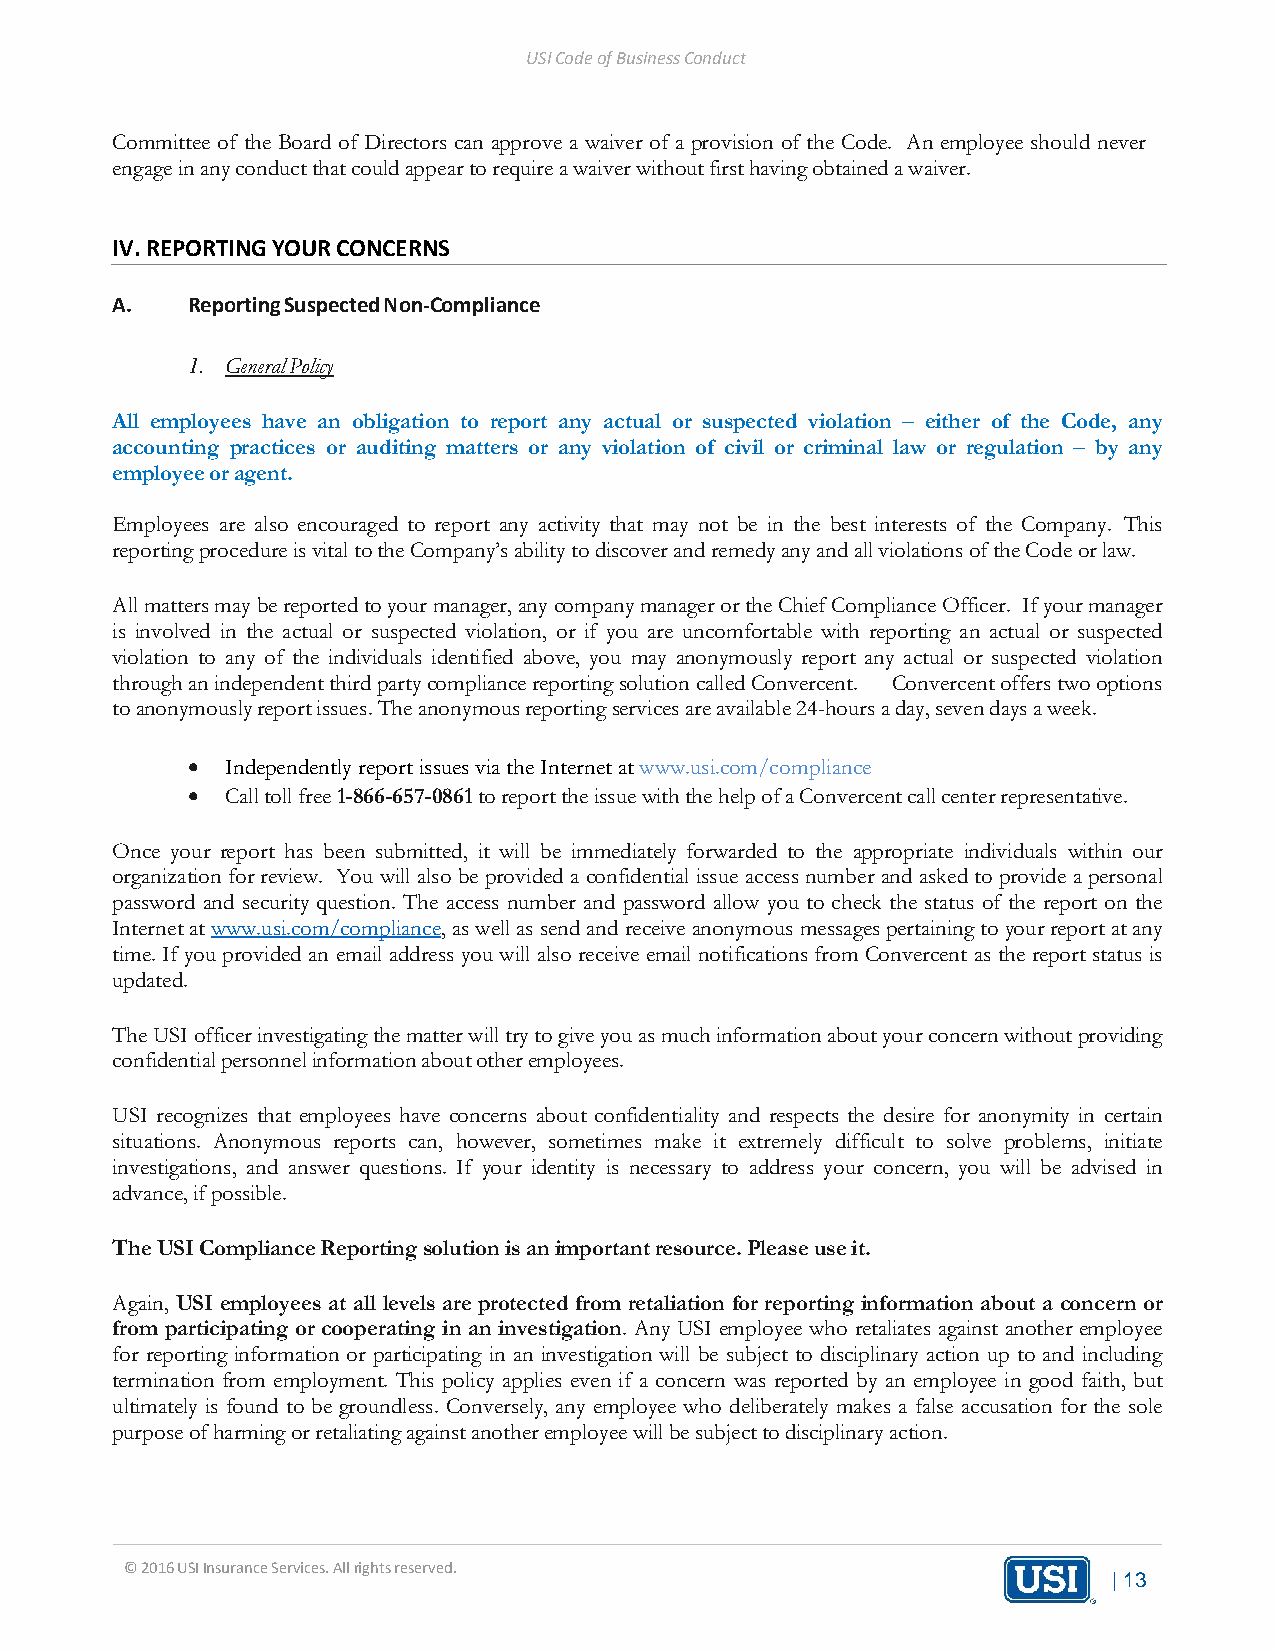
USI Code of Business Conduct
 Committee of the Board of Directors can approve a waiver of a provision of the Code. An employee should never
 engage in any conduct that could appear to require a waiver without first having obtained a waiver.
 IV. REPORTING YOUR CONCERNS
 A.   Reporting Suspected Non-Compliance
 1. General Policy
 All employees have an obligation to report any actual or suspected violation – either of the Code, any
 accounting practices or auditing matters or any violation of civil or criminal law or regulation – by any
 employee or agent.
 Employees are also encouraged to report any activity that may not be in the best interests of the Company. This
 reporting procedure is vital to the Company’s ability to discover and remedy any and all violations of the Code or law.
 All matters may be reported to your manager, any company manager or the Chief Compliance Officer. If your manager
 is involved in the actual or suspected violation, or if you are uncomfortable with reporting an actual or suspected
 violation to any of the individuals identified above, you may anonymously report any actual or suspected violation
 through an independent third party compliance reporting solution called Convercent. Convercent offers two options
 to anonymously report issues. The anonymous reporting services are available 24-hours a day, seven days a week.
 •  Independently report issues via the Internet at www.usi.com/compliance
 •  Call toll free 1-866-657-0861 to report the issue with the help of a Convercent call center representative.
 Once your report has been submitted, it will be immediately forwarded to the appropriate individuals within our
 organization for review. You will also be provided a confidential issue access number and asked to provide a personal
 password and security question. The access number and password allow you to check the status of the report on the
 Internet at www.usi.com/compliance, as well as send and receive anonymous messages pertaining to your report at any
 time. If you provided an email address you will also receive email notifications from Convercent as the report status is
 updated.
 The USI officer investigating the matter will try to give you as much information about your concern without providing
 confidential personnel information about other employees.
 USI recognizes that employees have concerns about confidentiality and respects the desire for anonymity in certain
 situations. Anonymous reports can, however, sometimes make it extremely difficult to solve problems, initiate
 investigations, and answer questions. If your identity is necessary to address your concern, you will be advised in
 advance, if possible.
 The USI Compliance Reporting solution is an important resource. Please use it.
 Again, USI employees at all levels are protected from retaliation for reporting information about a concern or
 from participating or cooperating in an investigation. Any USI employee who retaliates against another employee
 for reporting information or participating in an investigation will be subject to disciplinary action up to and including
 termination from employment. This policy applies even if a concern was reported by an employee in good faith, but
 ultimately is found to be groundless. Conversely, any employee who deliberately makes a false accusation for the sole
 purpose of harming or retaliating against another employee will be subject to disciplinary action.
 © 2016 USI Insurance Services. All rights reserved.
 | 13